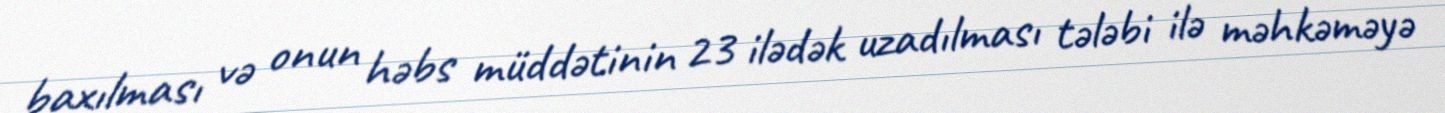
baxılması və onun həbs müddətinin 23 ilədək uzadılması tələbi ilə məhkəməyə